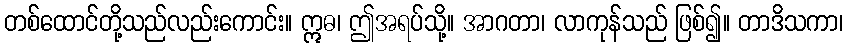
တစ်ထောင်တို့သည်လည်းကောင်း။ ဣဓ၊ ဤအရပ်သို့။ အာဂတာ၊ လာကုန်သည် ဖြစ်၍။ တာဒိသကာ၊